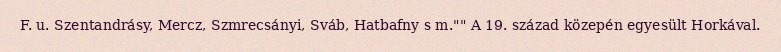
F. u. Szentandrásy, Mercz, Szmrecsányi, Sváb, Hatbafny s m."" A 19. század közepén egyesült Horkával.